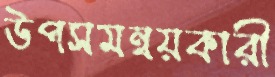
উপসমন্বয়কারী